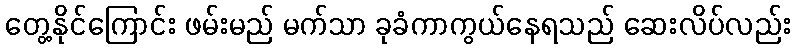
တွေ့နိုင်ကြောင်း ဖမ်းမည် မက်သာ ခုခံကာကွယ်နေရသည် ဆေးလိပ်လည်း